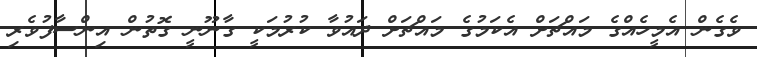
ވެގެން އެމީހެއްގެ މައްޗަށް އެކަމުގެ މައްޗަށް ދައުވާ ކުރުމަކީ ގާނޫނީ ގޮތުން އިންސާފުވެރި